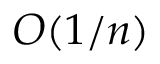
{ \cal O } ( 1 / n )